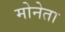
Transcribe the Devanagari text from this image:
मोनेता